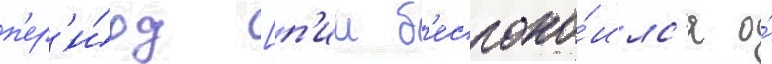
п'ер'и́од [п'ии б'еспоко́илс'я о́